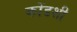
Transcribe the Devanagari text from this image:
कोंडशी